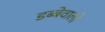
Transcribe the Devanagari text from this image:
डब्बेवालो